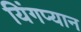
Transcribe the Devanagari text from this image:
यिंगप्यान